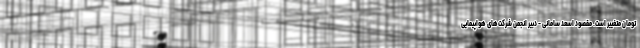
تومان متغییر است. مقصود اسعد سامانی - دبیر انجمن شرکت‌های هواپیمایی